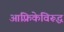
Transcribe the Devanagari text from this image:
आफ़्रिकेविरूद्ध